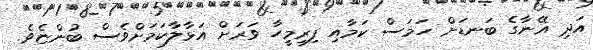
އަދި އޭނާގެ ބަނޑަށް ހަމަސް ކަމާއި ފިރިމީހާ ވަރަށް އަޅާލާކަމަށްވެސް ބުންޏެވެ.